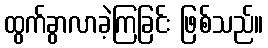
ထွက်ခွာလာခဲ့ကြခြင်း ဖြစ်သည်။